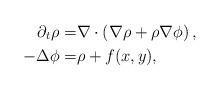
LaTeX: \begin{align*} \partial_t \rho =& \nabla \cdot \left( \nabla \rho+ \rho \nabla \phi \right) , \\ -\Delta \phi =& \rho+f(x,y),\end{align*}